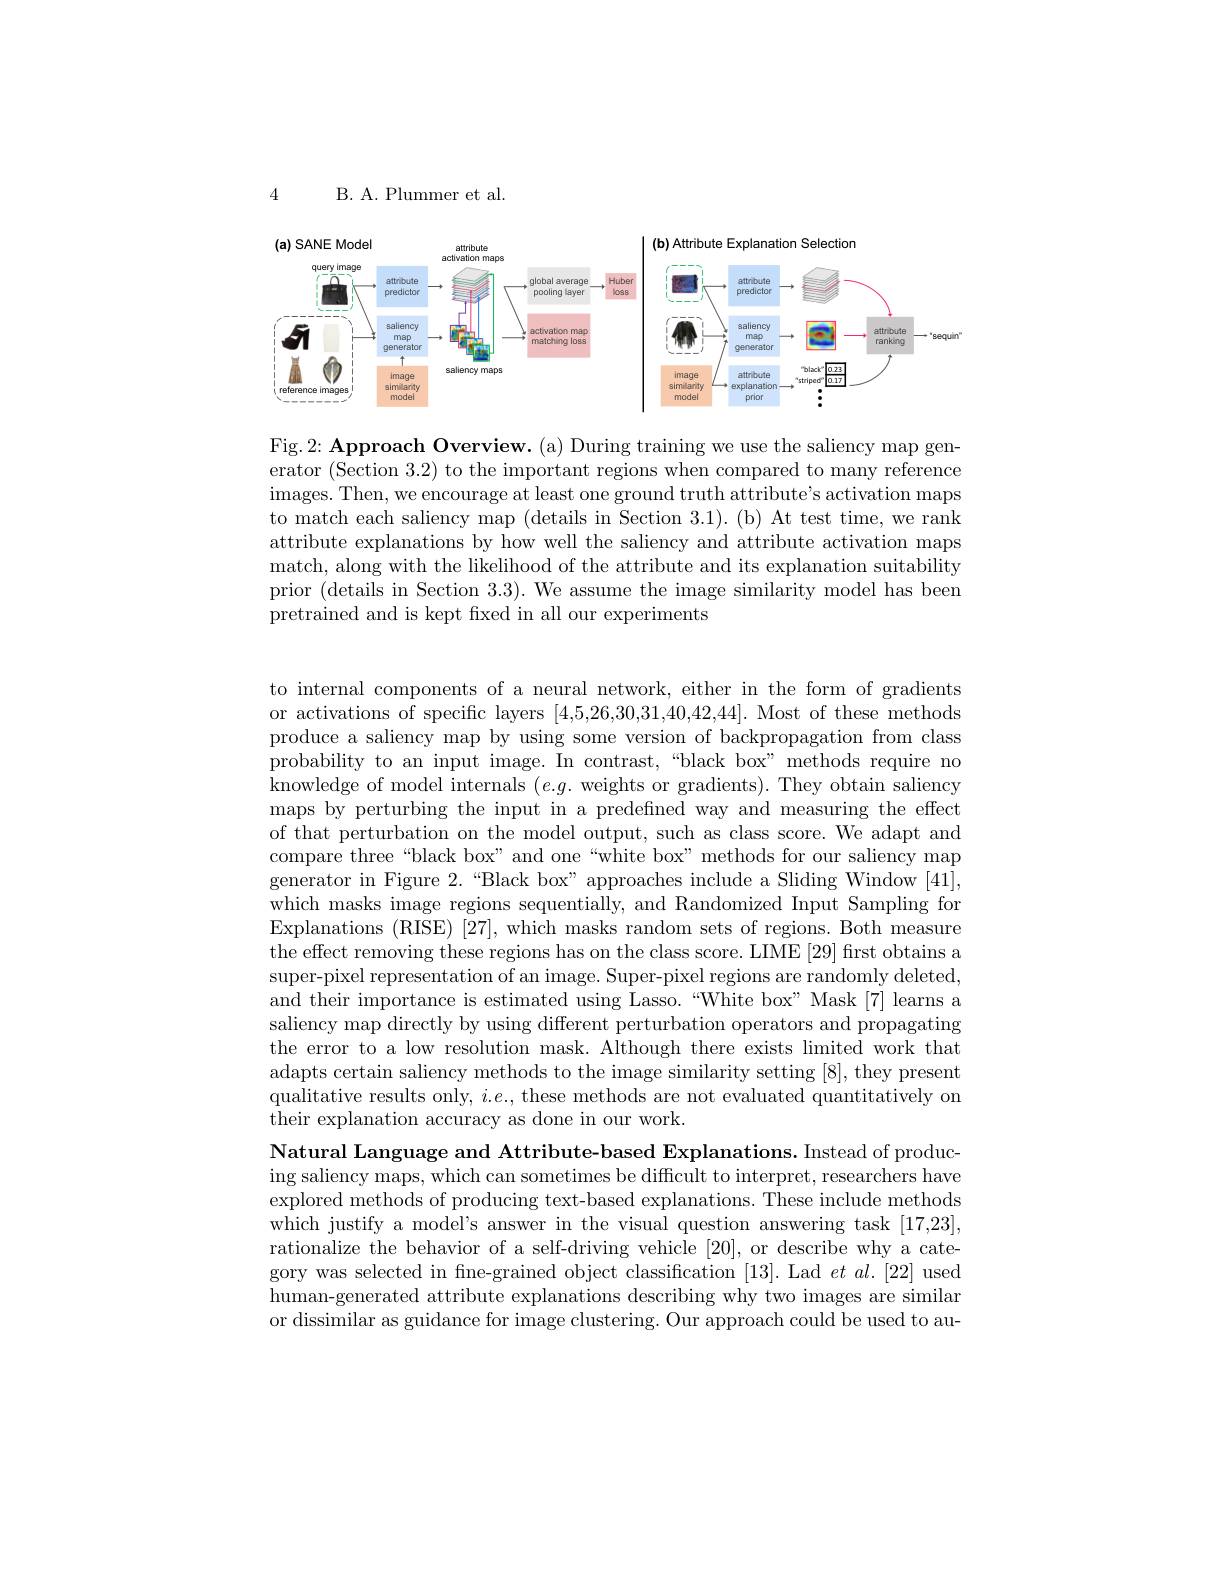
4

B. A. Plummer et al.

<FigureHere>

Fig.2: Approach Overview. (a) During training we use the saliency map generator (Section 3.2) to the important regions when compared to many reference images. Then, we encourage at least one ground truth attribut$e^{\prime }$s activation maps to match each saliency map (details in Section 3.1). (b) At test time, we rank attribute explanations by how well the saliency and attribute activation maps match, along with the likelihood of the attribute and its explanation suitability prior (details in Section 3.3). We assume the image similarity model has been pretrained and is kept fxed in all our experiments

to internal components of a neural network, either in the form of gradients or activations of specific layers [4,5,26,30,31,40,42,44]. Most of these methods produce a saliency map by using some version of backpropagation from class probability to an input image. In contrast,“black box”methods require no knowledge of model internals $(e.g.$ weights or gradients). They obtain saliency maps by perturbing the input in a predefined way and measuring the effect of that perturbation on the model output, such as class score. We adapt and compare three“black box” and one“white box” methods for our saliency map generator in Figure 2.“Black box” approaches include a Sliding Window [41], which masks image regions sequentially, and Randomized Input Sampling for Explanations (RISE) [27], which masks random sets of regions. Both measure the effect removing these regions has on the class score. LIME [29] frst obtains a super-pixel representation of an image. Super-pixel regions are randomly deleted, and their importance is estimated using Lasso.“White box”Mask[7] learns a saliency map directly by using different perturbation operators and propagating the error to a low resolution mask. Although there exists limited work that adapts certain saliency methods to the image similarity setting [8], they present qualitative results only, $i.e.$, these methods are not evaluated quantitatively on their explanation accuracy as done in our work.

Natural Language and Attribute-based Explanations. Instead of producing saliency maps, which can sometimes be difficult to interpret, researchers have explored methods of producing text-based explanations. These include methods which justify a model's answer in the visual question answering task [17,23], rationalize the behavior of a self-driving vehicle [20], or describe why a category was selected in fine-grained object classification [13]. Lad $et\textit{al. [ 22] used}$ human-generated attribute explanations describing why two images are similar or dissimilar as guidance for image clustering. Our approach could be used to au-